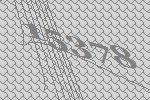
15378